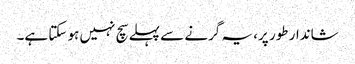
شاندار طور پر، یہ گرنے سے پہلے سچ نہیں ہو سکتا ہے۔